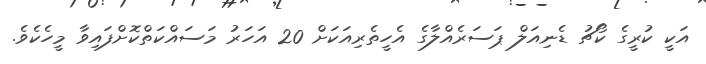
އަކީ ކުރީގެ ކޯޗު ޑެނިއަލް ޕަސަރެއްލާގެ އެހީތެރިއަކަށް 20 އަހަރު މަސައްކަތްކޮށްފައިވާ މީހެކެވެ.